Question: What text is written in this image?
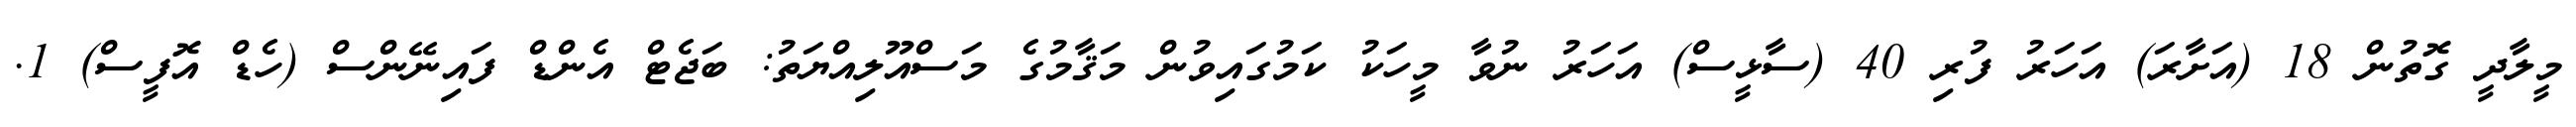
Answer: މީލާދީ ގޮތުން 18 (އަށާރަ) އަހަރު ފުރި 40 (ސާޅީސް) އަހަރު ނުވާ މީހަކު ކަމުގައިވުން މަޤާމުގެ މަސްއޫލިއްޔަތު: ބަޖެޓް އެންޑް ފައިނޭންސް (ހެޑް އޮފީސް) 1.